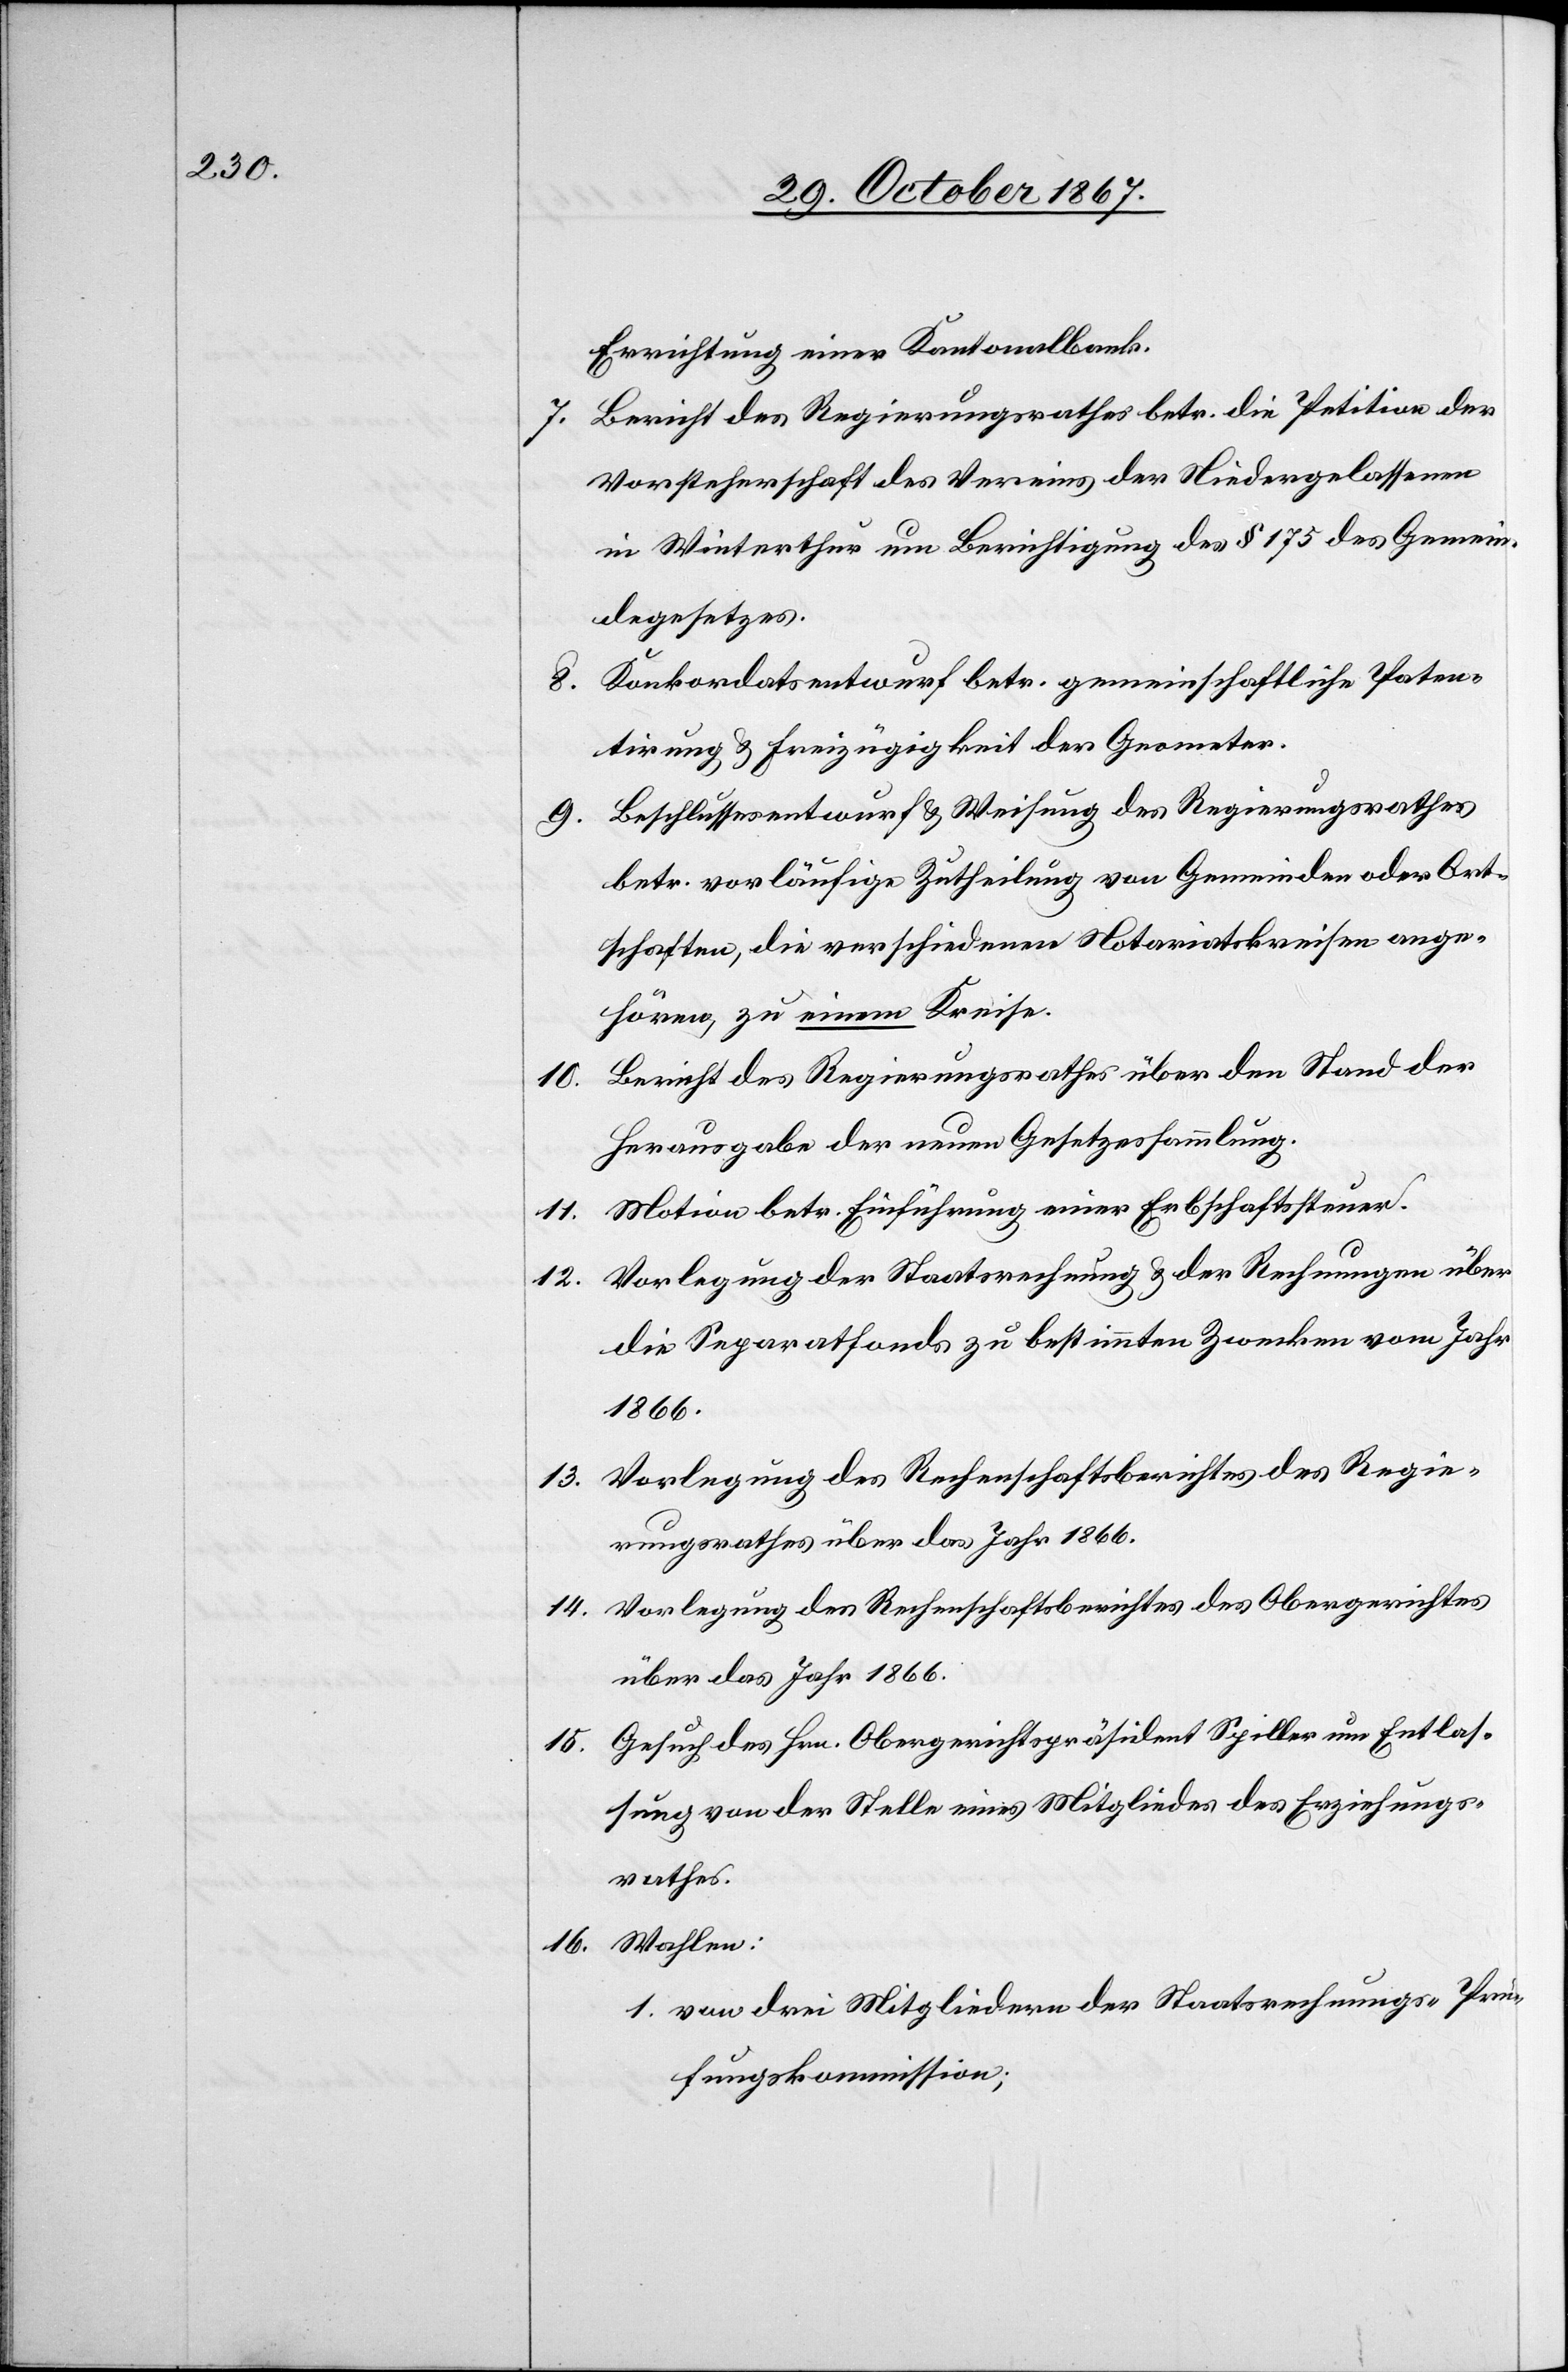
15.

Errichtung einer Kantonalbank.
Bericht des Regierungsrathes betr. die Petition der
Vorsteherschaft des Vereins der Niedergelassenen
in Winterthur um Berichtigung des § 175 des Gemein¬
degesetzes.
Konkordatsentwurf betr. gemeinschaftliche Paten¬
tirung u. Freizügigkeit der Geometer.
9. Beschlussesentwurf u. Weisung des Regierungsrathes
betr. vorläufige Zutheilung von Gemeinden oder Ort¬
schaften, die verschiedenen Notariatskreisen ange¬
hören, zu einem Kreise.
Bericht des Regierungsrathes über den Stand der
10.
Herausgabe der neuen Gesetzessammlung.
11. Motion betr. Einführung einer Erbschaftssteuer.
12. Vorlegung der Staatsrechnung u. der Rechnungen über
die Separatfonds zu bestimmten Zwecken vom Jahr
1866.
13. Vorlegung des Rechenschaftsberichtes des Regie¬
rungsrathes über das Jahr 1866.
14. Vorlegung des Rechenschaftsberichtes des Obergerichtes
über das Jahr 1866.
Gesuch des Hrn. Obergerichtspräsident Spiller um Entlas¬
sung von der Stelle eines Mitgliedes des Erziehungs¬
rathes.
16. Wahlen:
1. von drei Mitgliedern der Staatsrechnungs-Prü¬
fungskommission;